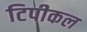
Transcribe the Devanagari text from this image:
टिपीकल